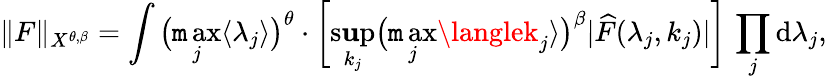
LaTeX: \| F\| _{X^{\theta,\beta}}=\int\big(\operatorname*{\mathtt{m}ax}_{j}\langle\lambda_{j}\rangle\big)^{\theta}\cdot\bigg[\operatorname*{s\mathbf{u}p}_{k_{j}}\big(\operatorname*{\mathtt{m}ax}_{j}\langlek_{j}\rangle\big)^{\beta}|\widehat{{F}}(\lambda_{j},k_{j})|\bigg]\, \prod_{j}\mathrm{{d}}\lambda_{j},